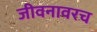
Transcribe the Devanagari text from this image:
जीवनावरच